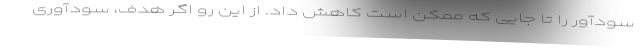
سودآور را تا جایی که ممکن است کاهش داد. از این رو اگر هدف، سودآوری